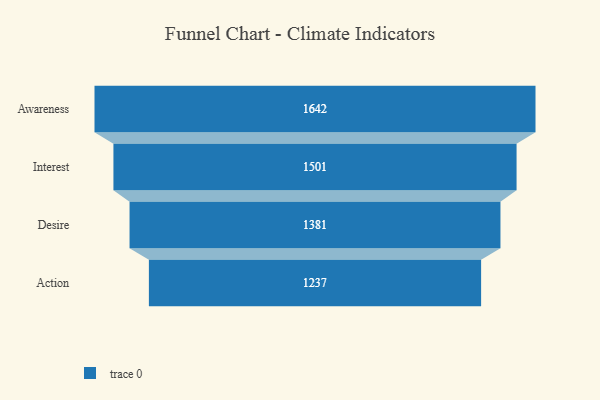
{"axis": {"x": "Stage", "y": "Value"}, "legend": [""], "data": [{"x": "Awareness", "y": 1642.0, "type": ""}, {"x": "Interest", "y": 1501.0, "type": ""}, {"x": "Desire", "y": 1381.0, "type": ""}, {"x": "Action", "y": 1237.0, "type": ""}]}